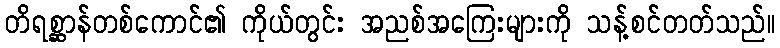
တိရစ္ဆာန်တစ်ကောင်၏ ကိုယ်တွင်း အညစ်အကြေးများကို သန့်စင်တတ်သည်။